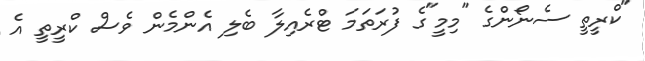
"ކްރީތީ ސެނޯންގެ "މިމީ"ގެ ފުރަތަމަ ޓްރެއިލާ ބެލި އެންމެން ވެސް ކްރީތީ އެ